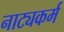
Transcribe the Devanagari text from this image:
नाट्यकर्म